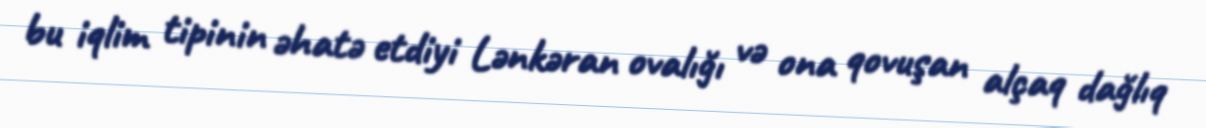
bu iqlim tipinin əhatə etdiyi Lənkəran ovalığı və ona qovuşan alçaq dağlıq